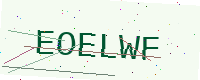
Text: EOELWF